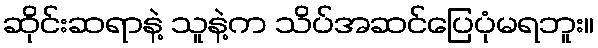
ဆိုင်းဆရာနဲ့ သူနဲ့က သိပ်အဆင်ပြေပုံမရဘူး။